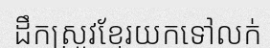
ដឹកស្រូវខ្មែរយកទៅលក់